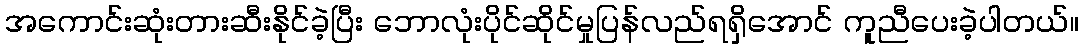
အကောင်းဆုံးတားဆီးနိုင်ခဲ့ပြီး ဘောလုံးပိုင်ဆိုင်မှုပြန်လည်ရရှိအောင် ကူညီပေးခဲ့ပါတယ်။